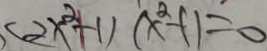
( 2 x ^ { 2 } + 1 ) ( x ^ { 2 } - 1 ) = 0